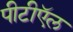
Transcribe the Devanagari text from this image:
पीटीऍल